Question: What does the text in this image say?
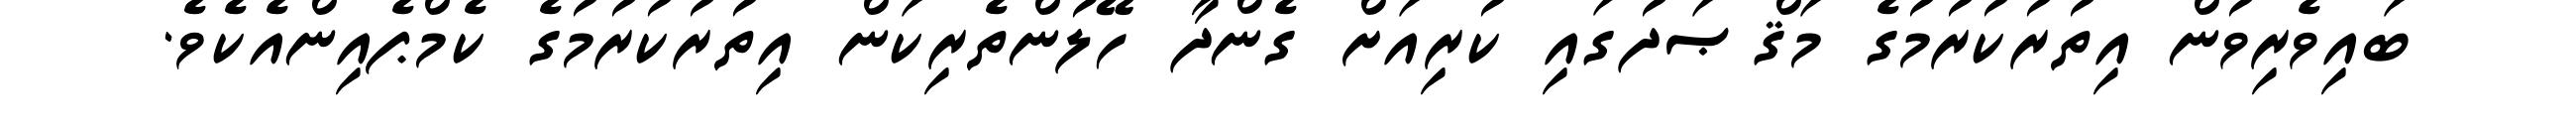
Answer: ބައިވެރިވުން އިތުރުކުރުމުގެ މަޤްޞަދުގައި ކުރިއަށް ގެންދާ ހޭލުންތެރިކަން އިތުރުކުރުމުގެ ކެމްޕެއިންއެކެވެ.